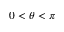
0 < \theta < \pi